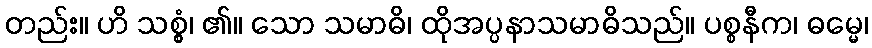
တည်း။ ဟိ သစ္စွံ၊ ၏။ သော သမာဓိ၊ ထိုအပ္ပနာသမာဓိသည်။ ပစ္စနီက၊ ဓမ္မေ၊